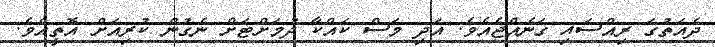
ދެއަތުގަ ރިއްސައި ގަނެއްޖެއެވެ. އަދި މަސް ކައްކާ ދުމަށްޓަށް ނެގުން ކުރިއަށް އޮތީއެވެ.